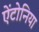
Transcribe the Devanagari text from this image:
ऐंटोनिया